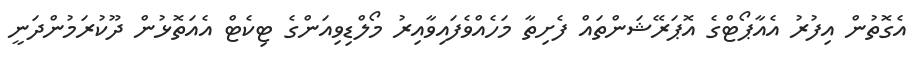
އެގޮތުން އިފުރު އެއާޕޯޓްގެ އޮޕަރޭޝަންތައް ފެށިތާ މަހެއްވެފައިވާއިރު މޯލްޑިވިއަންގެ ޓިކެޓް އެއަތޮޅުން ދޫކުރަމުންދަނީ